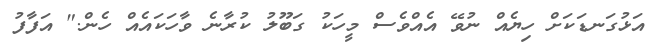
އަޅުގަނޑަކަށް ހިޔެއް ނުވޭ އެއްވެސް މީހަކު ގަބޫލު ކުރާނެ ވާހަކައެއް ހެން." އަފާފު